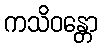
ကသိဝန္တော